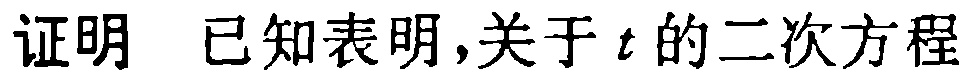
证明 已知表明,关于\(t\)的二次方程